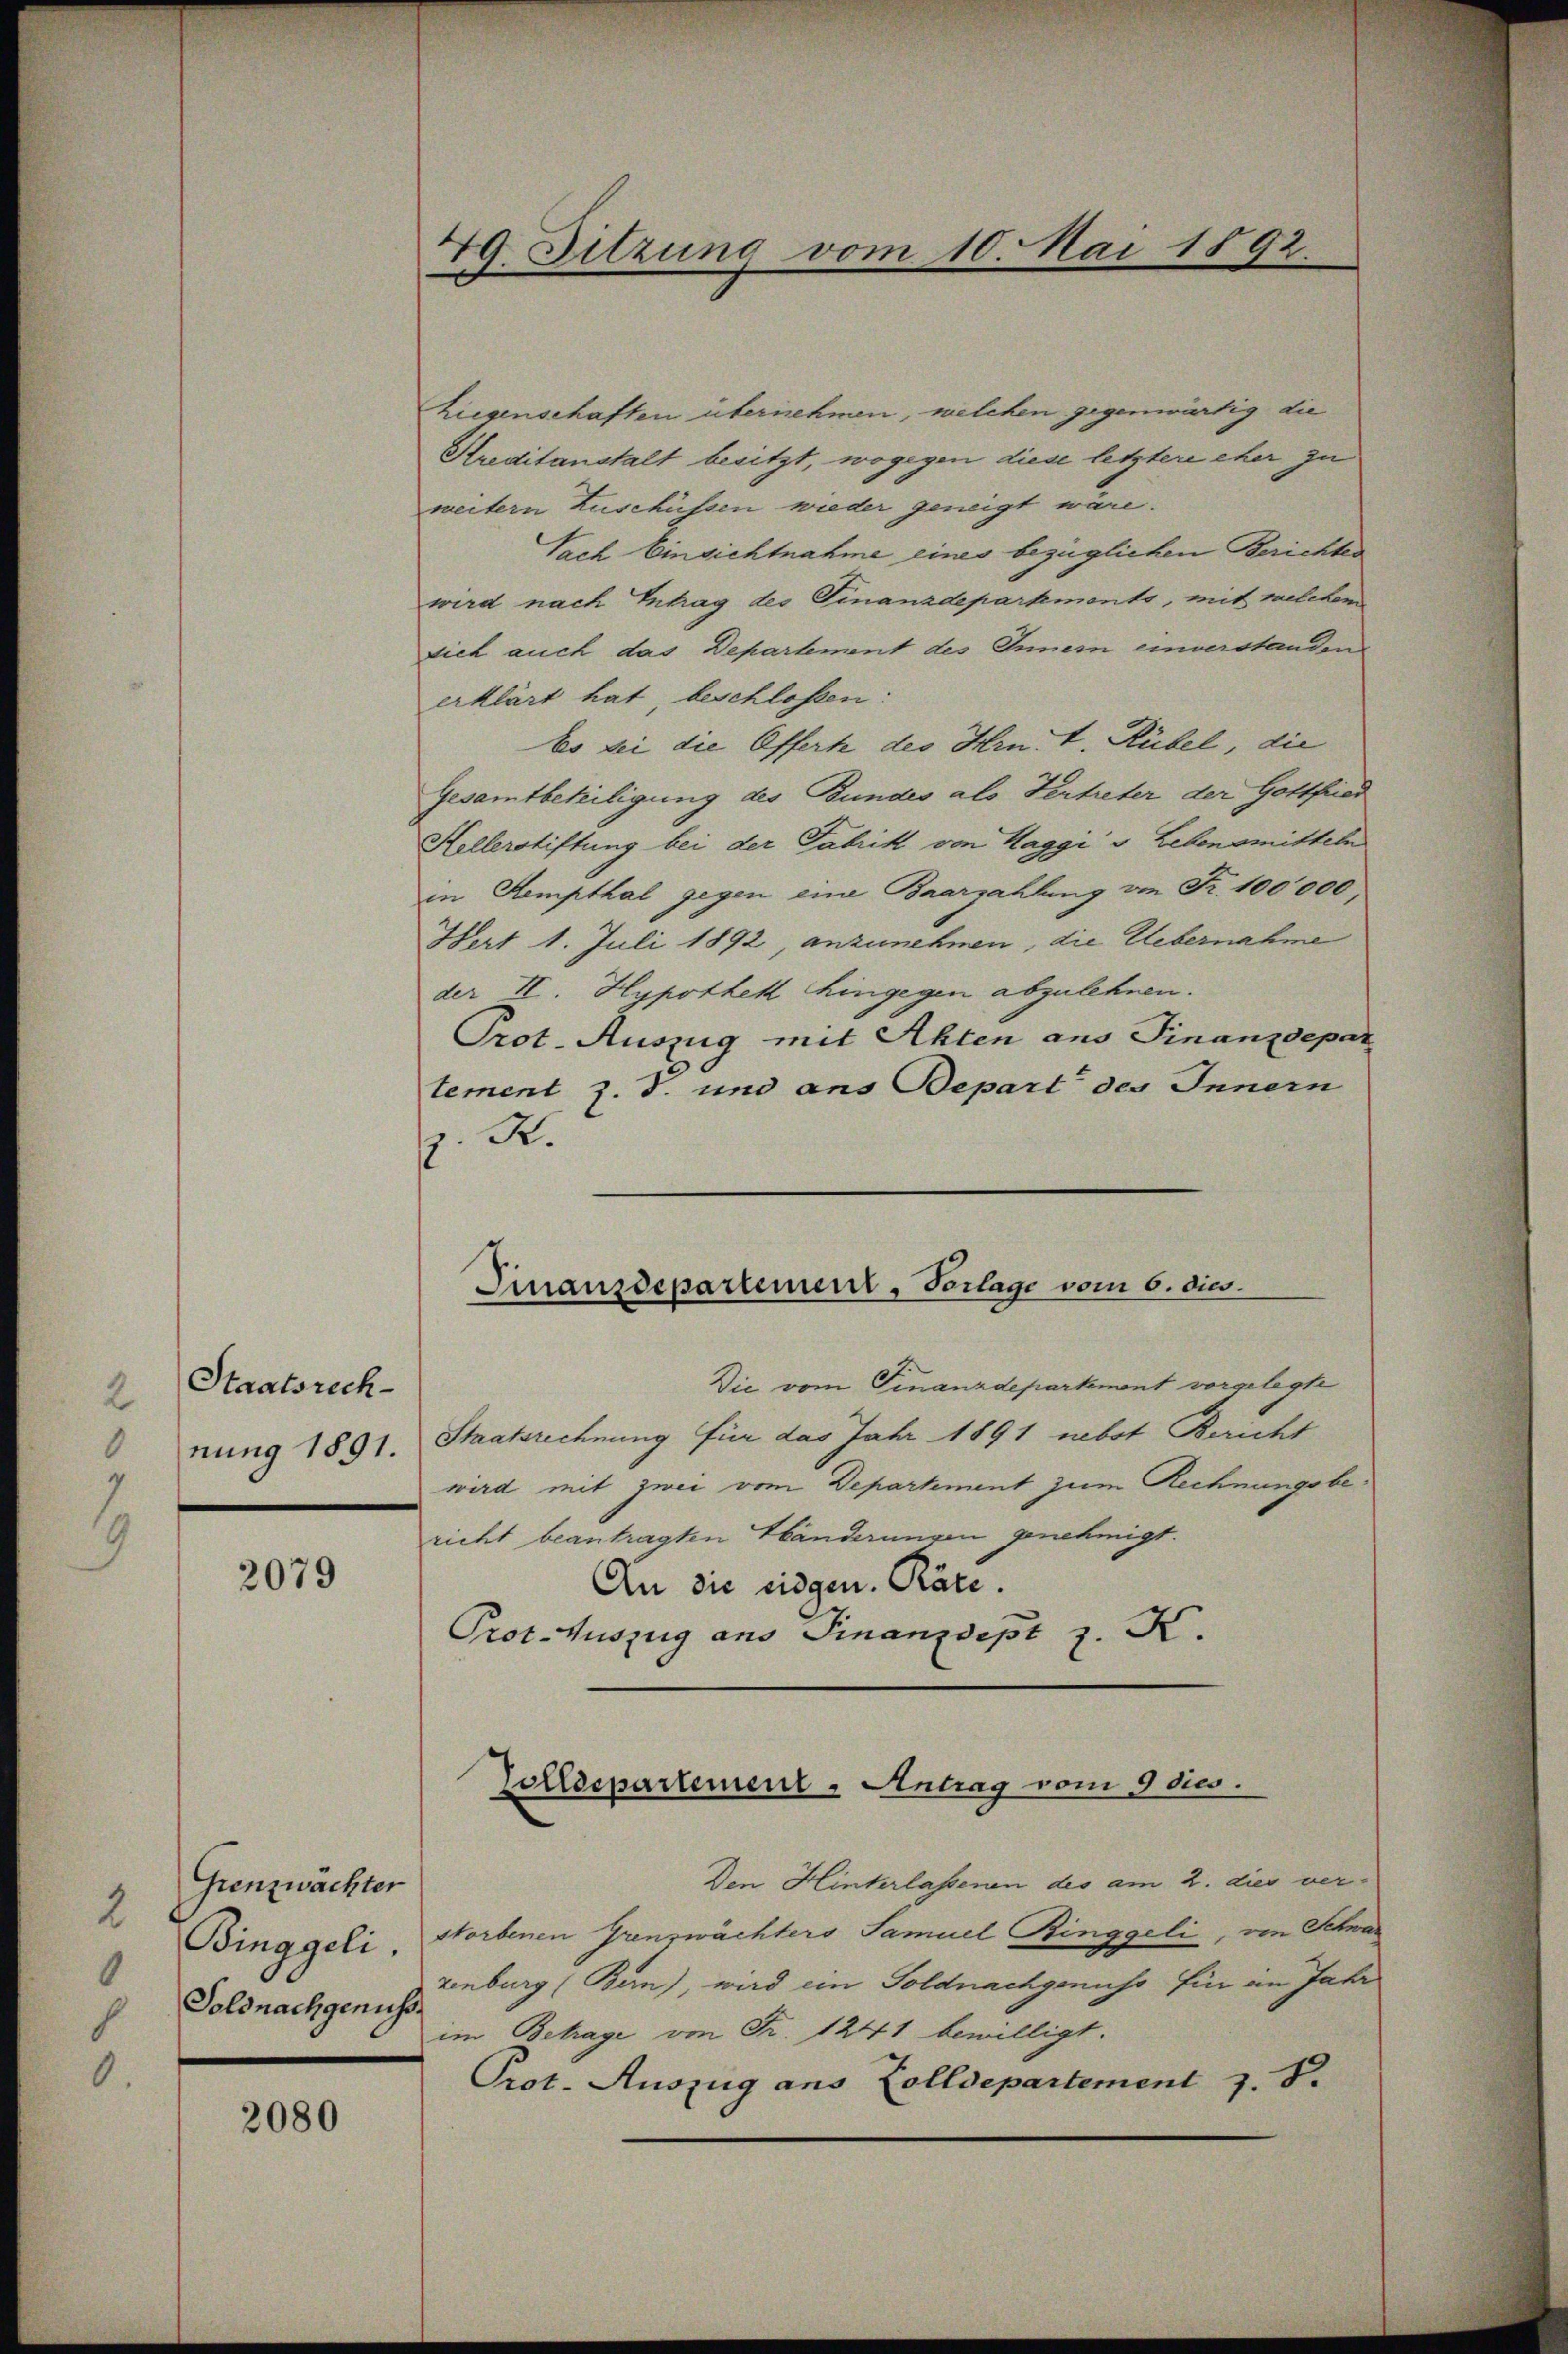
Staatsrech
2
nung 1891.

2079

Grenzwächter
2
Binggeli.
0
Soldnachgenus

2080

49. Sitzung vom 10. Mai 1892

hiegenschaften übernehmen, welchen gegenwärtig die
Streditanstalt besitzt, wogegen diese letztere eher zu
weitern Zuschüssen wieder geneigt wäre.
Sach Einsichtnahme eines bezüglichen Berichtes
wird nach Intrag des Finanzdepartements, mit welchem
sich auch das Departement des Innem einverstanden
erklärt hat beschlossen:
bs bei die Offerte des Hrn. J. Rübel, die
Gesamtbeteiligung des Bundes als Vertreter der Gottfried
Hellerstiftung bei der Fabrik von Maggi v. Lebensmitteln
in Kempthal gegen eine Baarzahlung von Fr. 100,000
Hert 1. Juli 1892 anzunehmen, die Uebernahme
der II. Hypothek hingegen abzulehnen.
Prot. Auszug mit Akten ans Finanzdepar
tement z. T. und ans Depart des Innern
. R.
Die vom Finanzdepartement vorgelegte
Staatsrechnung für das Jahr 1891 nebst Bericht
wird mit zwei vom Departement zum Rechnungsbericht beantragten Händerungen genehmigt.
An die eidgen. Räte.
Prot. Auszug ans Finanzdept z. K.

Finanzdepartement, Vorlage vom 6. dies

Zolldepartement - Antrag vom 9 dies

Den Hinterlassenen des am 2. dies ver-
storbenen Grenswächters Samuel Ringgeli, von Schwar
zenburg (Bern), wird ein Goldnachgenuss für an Jahr
im Betrage von Fr. 1241 bewilligt.
Prot. Auszug aus Zolldepartement z. B.